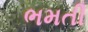
ભમતી